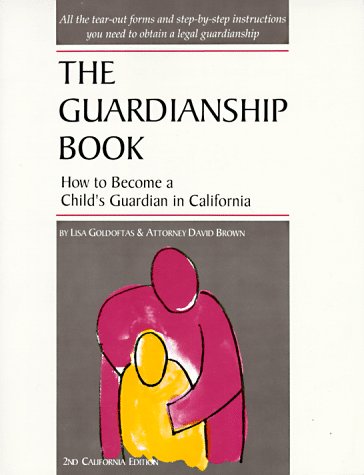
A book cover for The Guardianship Book: How to Become a Child's Guardian in California (Guardianship Book for California); Lisa Goldoftas; Law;